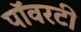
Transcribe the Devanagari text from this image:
पॉवरटी